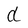
Character: d